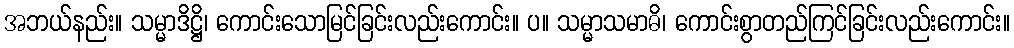
အဘယ်နည်း။ သမ္မာဒိဋ္ဌိ၊ ကောင်းသောမြင်ခြင်းလည်းကောင်း။ ပ။ သမ္မာသမာဓိ၊ ကောင်းစွာတည်ကြင်ခြင်းလည်းကောင်း။